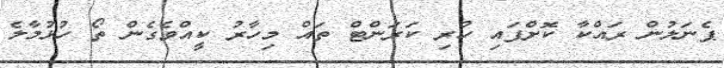
ޕެނަލުން ރައްކާ ކޮށްފައި ހުރި ކަރަންޓް ތައް މިހާރު ކީއްވެގެން ތޯ ހުޅުމާލެ